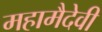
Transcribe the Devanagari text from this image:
महामैदेवी